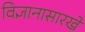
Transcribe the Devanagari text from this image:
विज्ञानासारखे